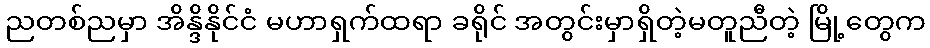
ညတစ်ညမှာ အိန္ဒိနိုင်ငံ မဟာရှက်ထရာ ခရိုင် အတွင်းမှာရှိတဲ့မတူညီတဲ့ မြို့တွေက